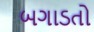
બગાડતો